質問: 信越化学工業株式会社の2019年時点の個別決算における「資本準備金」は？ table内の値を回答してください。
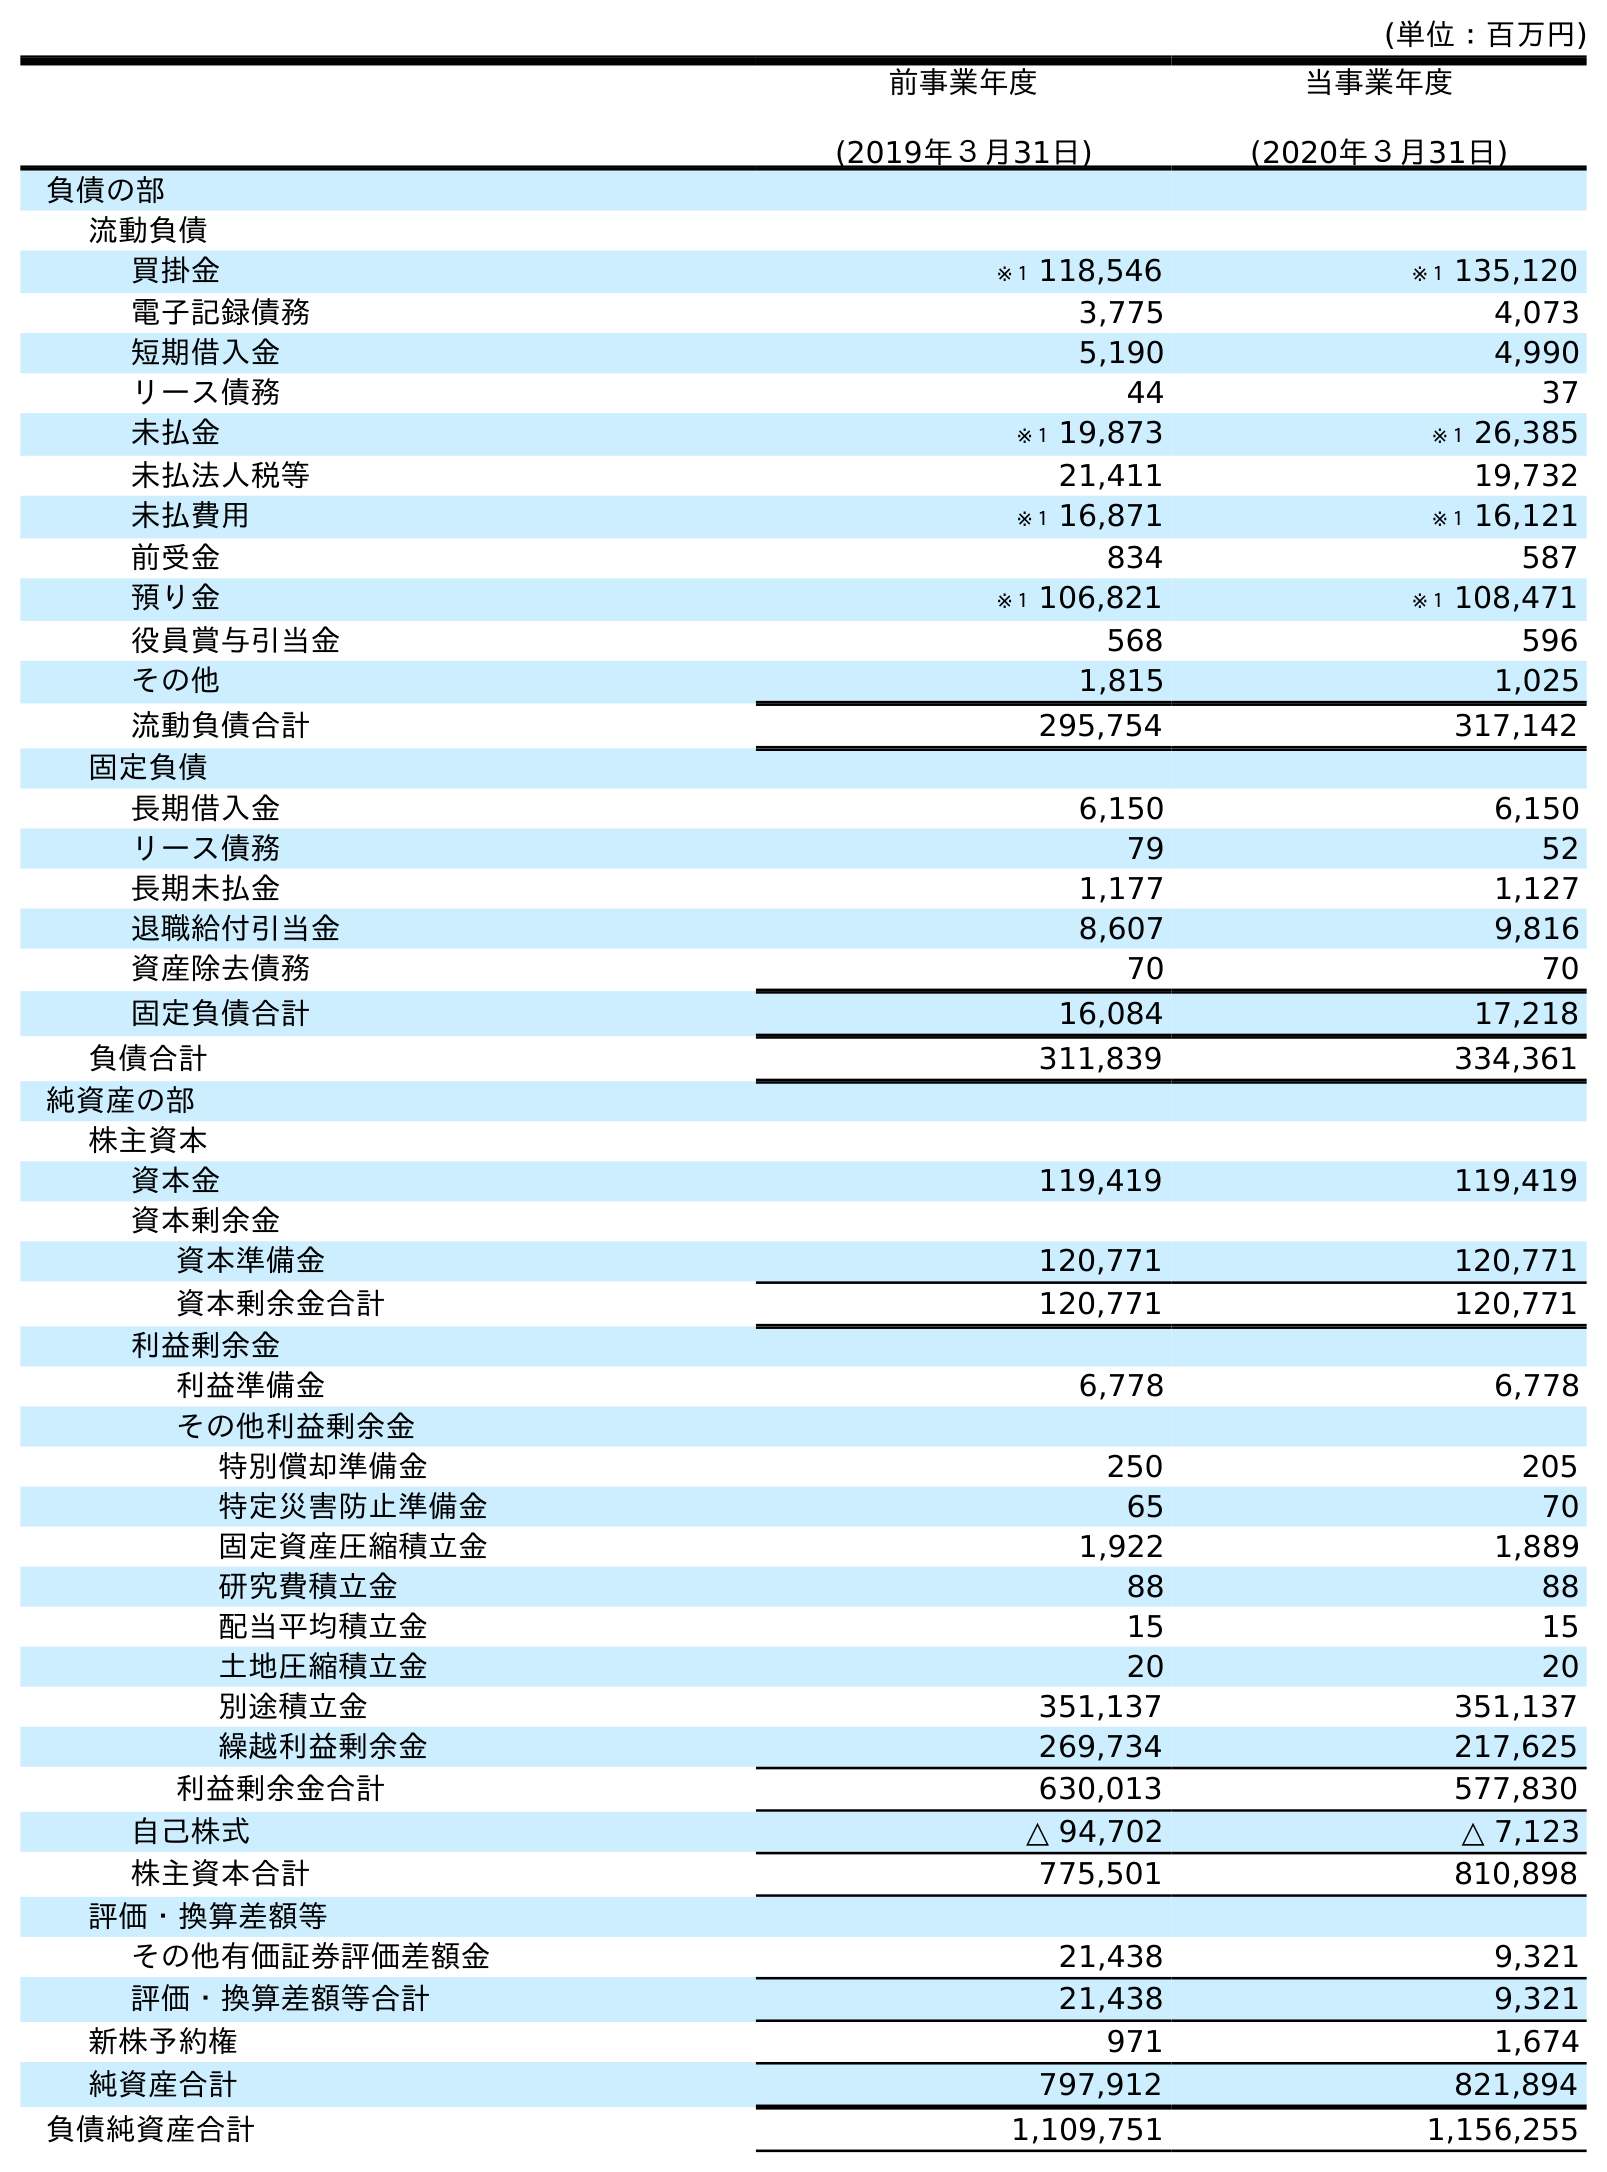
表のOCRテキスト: (単位：百万円) 前事業年度 (2019年３月31日) 当事業年度 (2020年３月31日) 負債の部 流動負債 買掛金 ※１ 118,546 ※１ 135,120 電子記録債務 3,775 4,073 短期借入金 5,190 4,990 リース債務 44 37 未払金 ※１ 19,873 ※１ 26,385 未払法人税等 21,411 19,732 未払費用 ※１ 16,871 ※１ 16,121 前受金 834 587 預り金 ※１ 106,821 ※１ 108,471 役員賞与引当金 568 596 その他 1,815 1,025 流動負債合計 295,754 317,142 固定負債 長期借入金 6,150 6,150 リース債務 79 52 長期未払金 1,177 1,127 退職給付引当金 8,607 9,816 資産除去債務 70 70 固定負債合計 16,084 17,218 負債合計 311,839 334,361 純資産の部 株主資本 資本金 119,419 119,419 資本剰余金 資本準備金 120,771 120,771 資本剰余金合計 120,771 120,771 利益剰余金 利益準備金 6,778 6,778 その他利益剰余金 特別償却準備金 250 205 特定災害防止準備金 65 70 固定資産圧縮積立金 1,922 1,889 研究費積立金 88 88 配当平均積立金 15 15 土地圧縮積立金 20 20 別途積立金 351,137 351,137 繰越利益剰余金 269,734 217,625 利益剰余金合計 630,013 577,830 自己株式 △ 94,702 △ 7,123 株主資本合計 775,501 810,898 評価・換算差額等 その他有価証券評価差額金 21,438 9,321 評価・換算差額等合計 21,438 9,321 新株予約権 971 1,674 純資産合計 797,912 821,894 負債純資産合計 1,109,751 1,156,255
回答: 120,771